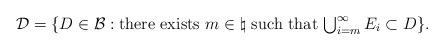
LaTeX: \begin{align*}\mathcal{D} = \{ D\in \mathcal{B}: \mbox{there exists $m\in \natural$ such that $\bigcup_{i=m}^{\infty} E_i \subset D$}\} . \end{align*}